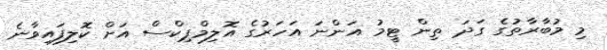
މި މުބާރާތުގެ ގަދަ ތިން ޓީމު އަންނަ އަހަރުގެ އޮލިމްޕިކްސް އަށް ކޮލިފައިވާނެ